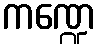
ကဏ္ဍေ